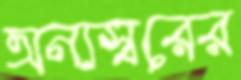
অন্যস্বরের